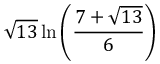
{ \sqrt { 1 3 } } \ln \left( { \frac { 7 + { \sqrt { 1 3 } } } { 6 } } \right)